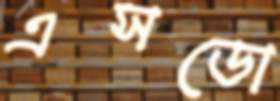
এসডো